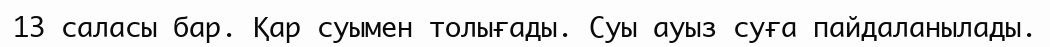
13 саласы бар. Қар суымен толығады. Суы ауыз суға пайдаланылады.